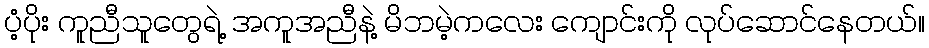
ပံ့ပိုး ကူညီသူတွေရဲ့ အကူအညီနဲ့ မိဘမဲ့ကလေး ကျောင်းကို လုပ်ဆောင်နေတယ်။